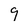
Character: 9